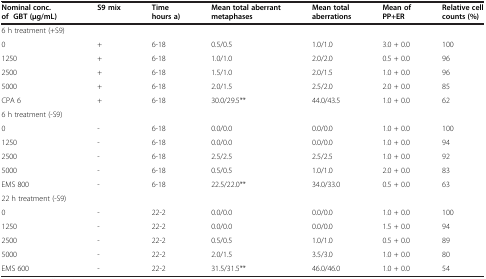
| Nominal conc. of GBT (μg/mL) | S9 mix | Time hours a) | Mean total aberrant metaphases | Mean total aberrations | Mean of PP+ER | Relative cell counts (%) |
 | --- | --- | --- | --- | --- | --- | --- |
 | 6 h treatment (+S9) |  |  |  |  |  |  |
 | 0 | + | 6-18 | 0.5/0.5 | 1.0/1.0 | 3.0 + 0.0 | 100 |
 | 1250 | + | 6-18 | 1.0/1.0 | 2.0/2.0 | 0.5 + 0.0 | 96 |
 | 2500 | + | 6-18 | 1.5/1.0 | 2.0/1.5 | 1.0 + 0.0 | 96 |
 | 5000 | + | 6-18 | 2.0/1.5 | 2.5/2.0 | 2.0 + 0.0 | 85 |
 | CPA 6 | + | 6-18 | 30.0/29.5** | 44.0/43.5 | 1.0 + 0.0 | 62 |
 | 6 h treatment (-S9) |  |  |  |  |  |  |
 | 0 | - | 6-18 | 0.0/0.0 | 0.0/0.0 | 1.0 + 0.0 | 100 |
 | 1250 | - | 6-18 | 0.0/0.0 | 0.0/0.0 | 1.0 + 0.0 | 94 |
 | 2500 | - | 6-18 | 2.5/2.5 | 2.5/2.5 | 1.0 + 0.0 | 92 |
 | 5000 | - | 6-18 | 0.5/0.5 | 1.0/1.0 | 2.0 + 0.0 | 83 |
 | EMS 800 | - | 6-18 | 22.5/22.0** | 34.0/33.0 | 0.5 + 0.0 | 63 |
 | 22 h treatment (-S9) |  |  |  |  |  |  |
 | 0 | - | 22-2 | 0.0/0.0 | 0.0/0.0 | 1.0 + 0.0 | 100 |
 | 1250 | - | 22-2 | 0.0/0.0 | 0.0/0.0 | 1.5 + 0.0 | 94 |
 | 2500 | - | 22-2 | 0.5/0.5 | 1.0/1.0 | 0.5 + 0.0 | 89 |
 | 5000 | - | 22-2 | 2.0/1.5 | 3.5/3.0 | 1.0 + 0.0 | 80 |
 | EMS 600 | - | 22-2 | 31.5/31.5** | 46.0/46.0 | 1.0 + 0.0 | 54 |